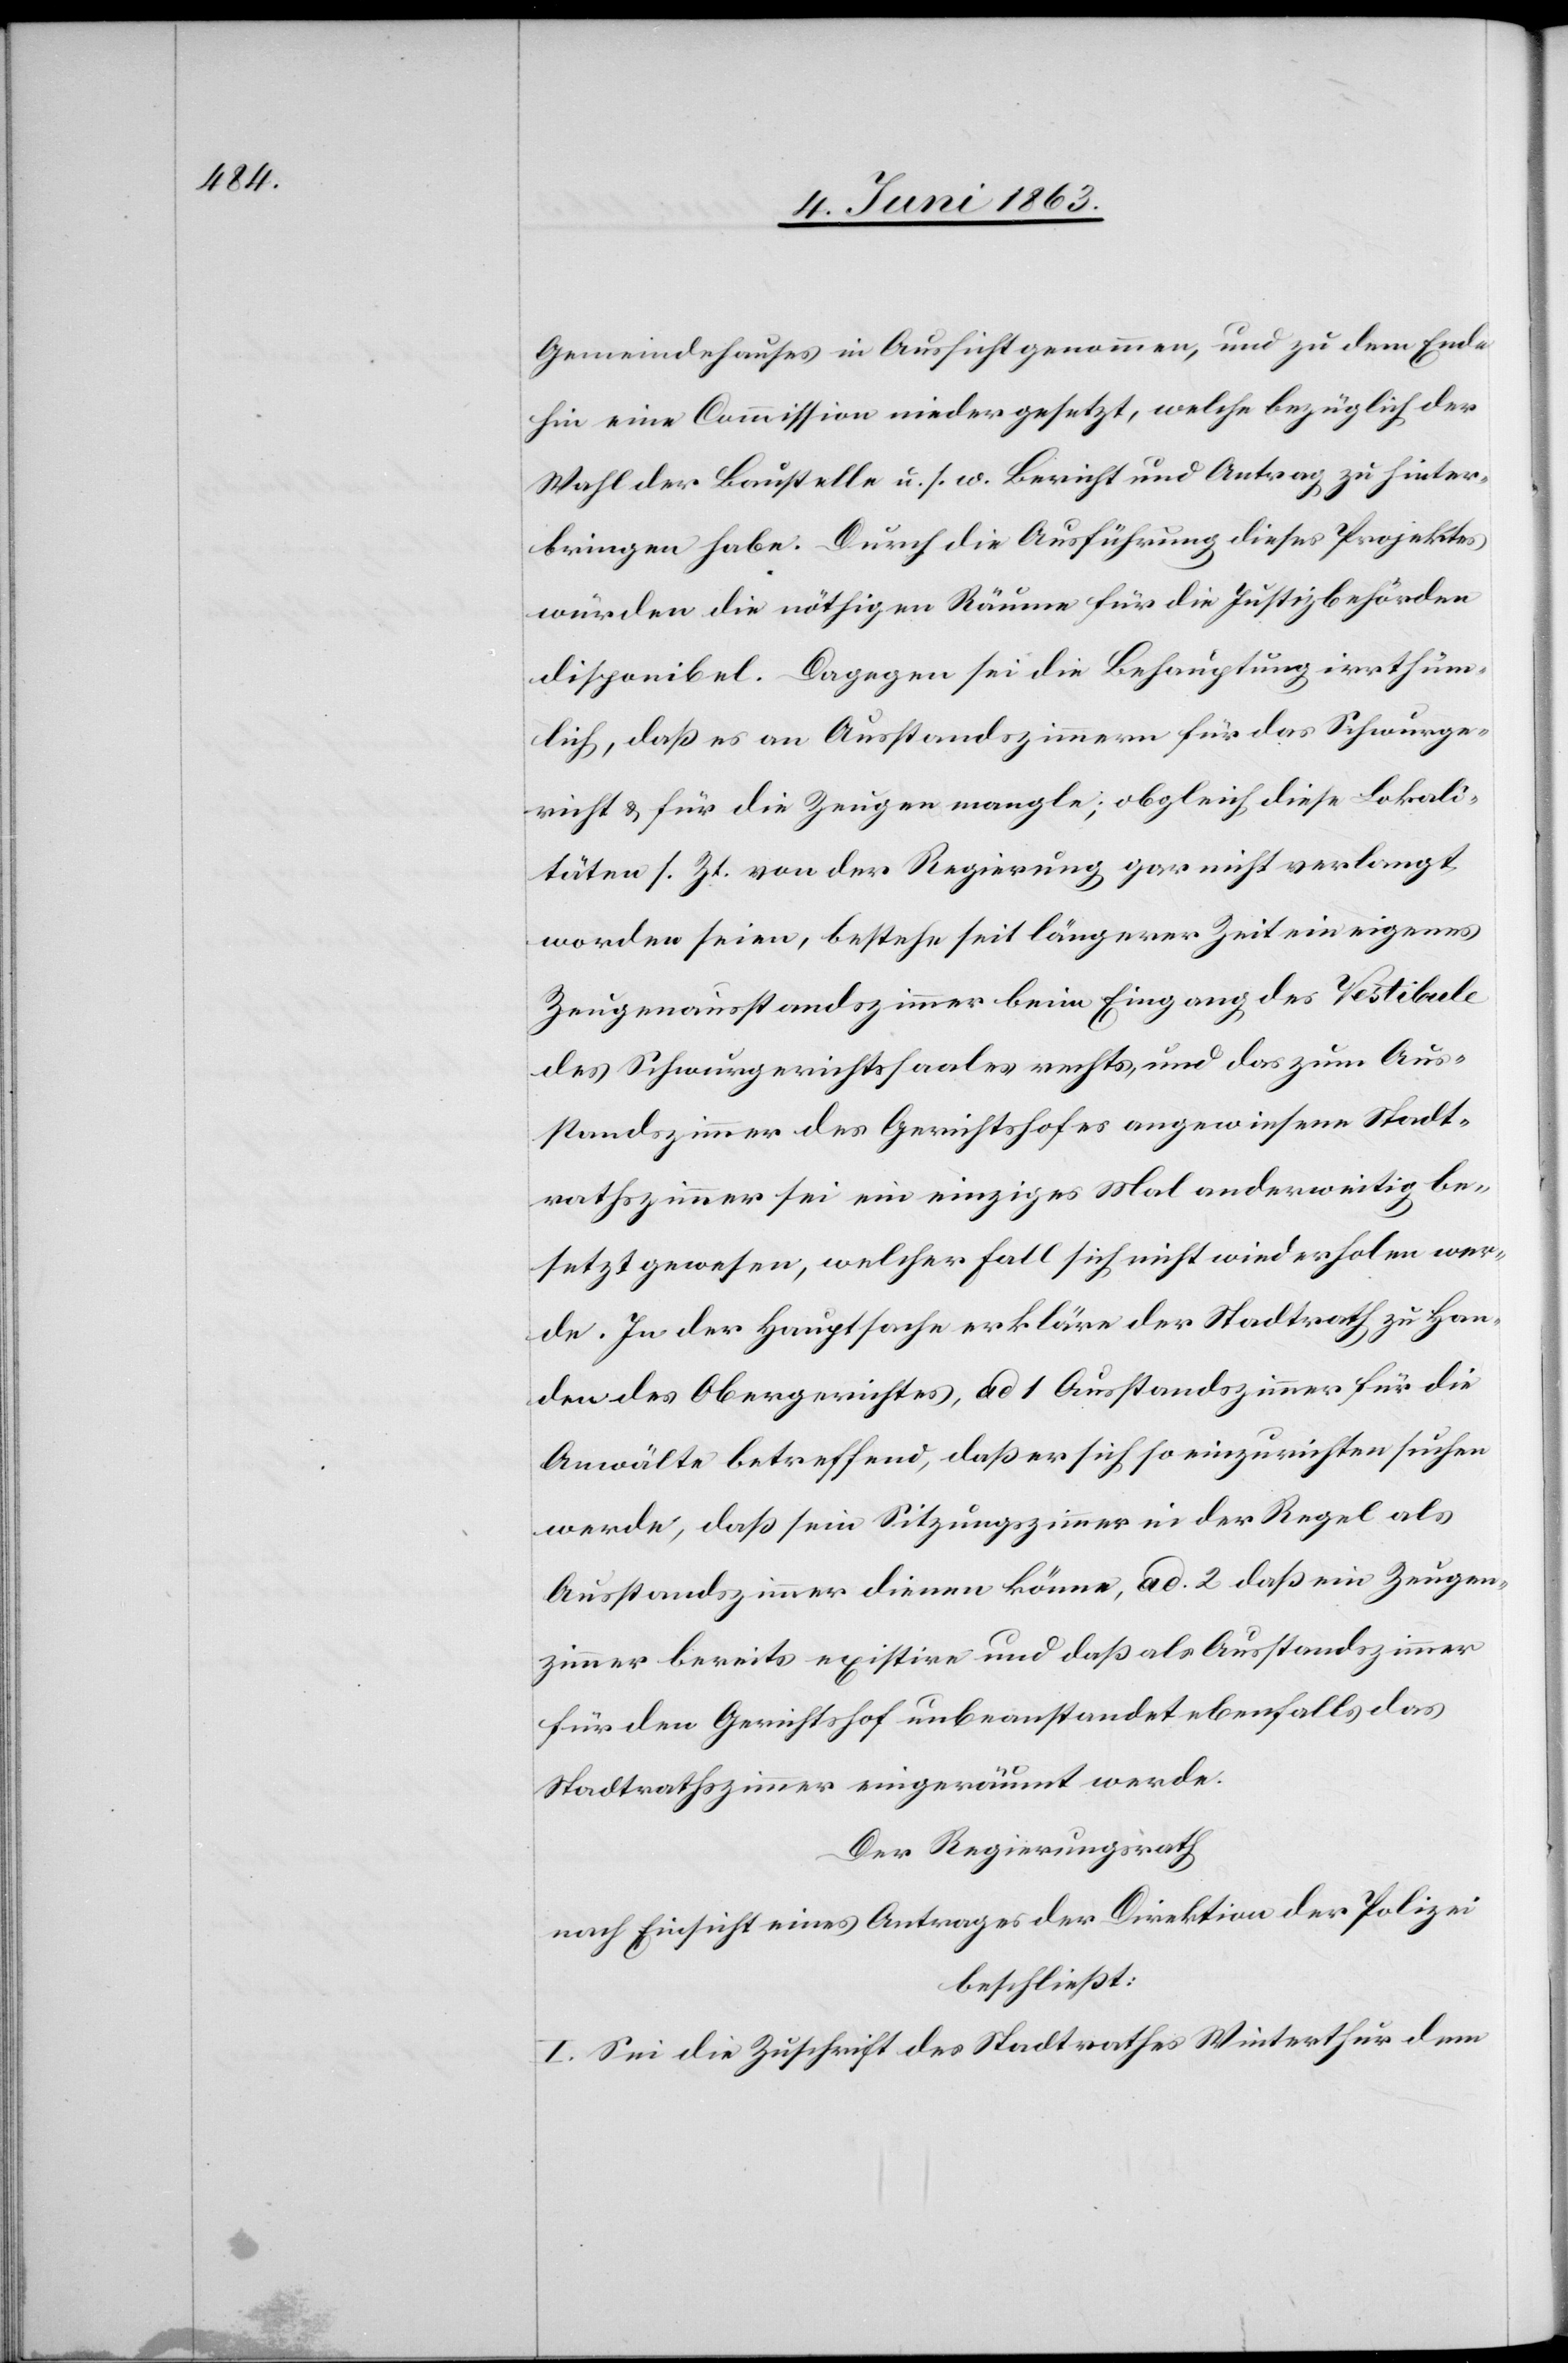
Gemeindehauses in Aussicht genommen, und zu dem Ende
hin eine Commission niedergesetzt, welche bezüglich der
Wahl der Baustelle u. s. w. Bericht und Antrag zu hinter¬
bringen habe. Durch die Ausführung dieses Projektes
würden die nöthigen Räume für die Justizbehörden
disponibel. Dagegen sei die Behauptung irrthüm¬
lich, daß es an Ausstandszimmern für das Schwurge¬
richt & für die Zeugen mangle; obgleich diese Lokali¬
täten s. Zt. von der Regierung gar nicht verlangt
worden seien, bestehe seit längerer Zeit ein eigenes
Zeugenausstandszimmer beim Eingang des Vestibule
des Schwurgerichtssaales rechts, und das zum Aus¬
standszimmer des Gerichtshofes angewiesene Stadt¬
rathszimmer sei ein einziges Mal anderweitig be¬
setzt gewesen, welcher Fall sich nicht wiederholen wer¬
de. In der Hauptsache erkläre der Stadtrath zu Han¬
den des Obergerichtes, ad 1 Ausstandszimmer für die
Anwälte betreffend, daß er sich so einzurichten suchen
werde, daß sein Sitzungszimmer in der Regel als
Ausstandszimmer dienen könne, ad. 2 daß ein Zeugen¬
zimmer bereits existire und daß als Ausstandszimmer
für den Gerichtshof unbeanstandet ebenfalls das
Stadtrathszimmer eingeräumt werde.
Der Regierungsrath
nach Einsicht eines Antrages der Direktion der Polizei
beschließt:
I. Sei die Zuschrift des Stadtrathes Winterthur dem